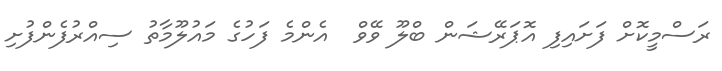
ރަސްމީކޮށް ފަށައިފި އޮޕަރޭޝަން ބްލޫ ވޭވް  އެންމެ ފަހުގެ މައުލޫމާތު ސިއްރުފެންފުށި